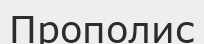
Прополис